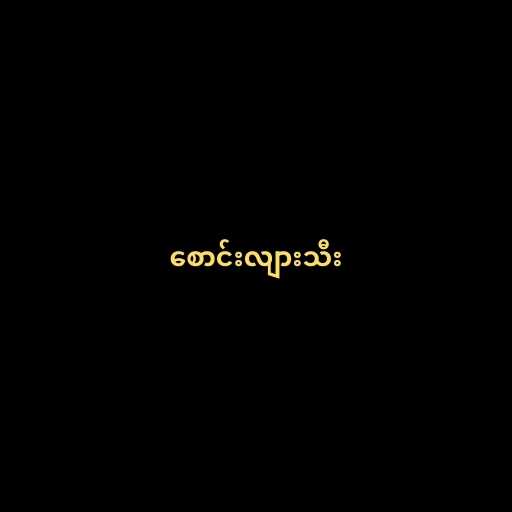
စောင်းလျားသီး